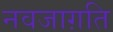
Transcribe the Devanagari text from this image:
नवजाग़ति